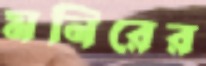
মনিরের